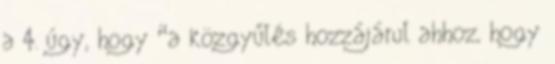
a 4. úgy, hogy “a közgyűlés hozzájárul ahhoz, hogy